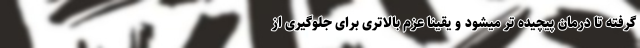
گرفته تا درمان پیچیده تر میشود و یقینا عزم بالاتری برای جلوگیری از